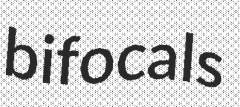
bifocals